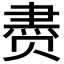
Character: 𰷧